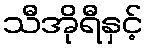
သီအိုရီနှင့်